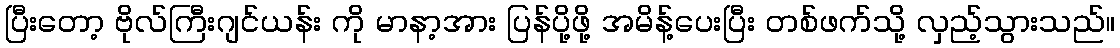
ပြီးတော့ ဗိုလ်ကြီးဂျင်ယန်း ကို မာနာ့အား ပြန်ပို့ဖို့ အမိန့်ပေးပြီး တစ်ဖက်သို့ လှည့်သွားသည်။